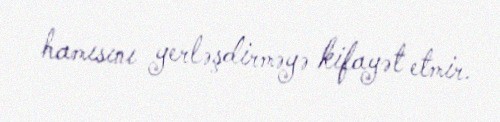
hamısını yerləşdirməyə kifayət etmir.